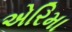
એરિમા